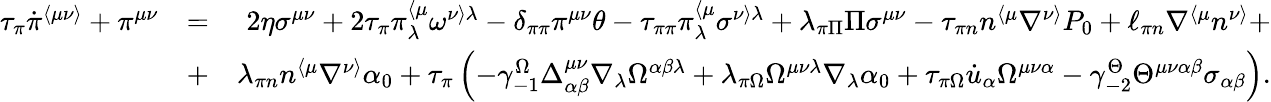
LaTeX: \begin{array}{rlr}{\tau_{\pi}\dot{\pi}^{\langle\mu\nu\rangle}+\pi^{\mu\nu}}&{=}&{2\eta\sigma^{\mu\nu}+2\tau_{\pi}\pi_{\lambda}^{\langle\mu}\omega^{\nu\rangle\lambda}-\delta_{\pi\pi}\pi^{\mu\nu}\theta-\tau_{\pi\pi}\pi_{\lambda}^{\langle\mu}\sigma^{\nu\rangle\lambda}+\lambda_{\pi\Pi}\Pi\sigma^{\mu\nu}-\tau_{\pi n}n^{\langle\mu}\nabla^{\nu\rangle}P_{0}+\ell_{\pi n}\nabla^{\langle\mu}n^{\nu\rangle}+}\\ &{+}&{\lambda_{\pi n}n^{\langle\mu}\nabla^{\nu\rangle}\alpha_{0}+\tau_{\pi}\left(-\gamma_{-1}^{\Omega}\Delta_{\alpha\beta}^{\mu\nu}\nabla_{\lambda}\Omega^{\alpha\beta\lambda}+\lambda_{\pi\Omega}\Omega^{\mu\nu\lambda}\nabla_{\lambda}\alpha_{0}+\tau_{\pi\Omega}\dot{u}_{\alpha}\Omega^{\mu\nu\alpha}-\gamma_{-2}^{\Theta}\Theta^{\mu\nu\alpha\beta}\sigma_{\alpha\beta}\right).}\end{array}